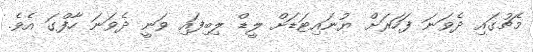
މެޗުގައި ދެވަނަ ފަހަރަށް ޔުނައިޓަޑަށް ލީޑް ލިބިފައި ވަނީ ދެވަނަ ހާފްގަ އެވެ.